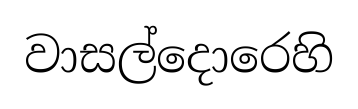
වාසල්දොරෙහි